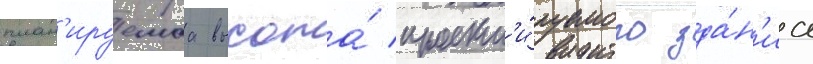
план'ируемаа высота́ проект'и́руемого зда́н'иа